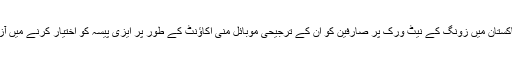
ایزی پیسہ ایپلی کیشن اور زونگ کے براہ راست انضمام کے ذریعے ہم پاکستان میں زونگ کے نیٹ ورک پر صارفین کو ان کے ترجیحی موبائل منی اکاؤنٹ کے طور پر ایزی پیسہ کو اختیار کرنے میں آزادی اور اس کے امور کو بہتر بنانے کے ساتھ خدمات فراہم کر رہے ہیں۔